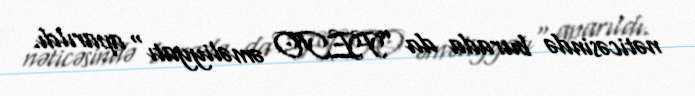
nəticəsində burada da ”FETO əməliyyatı" aparıldı.